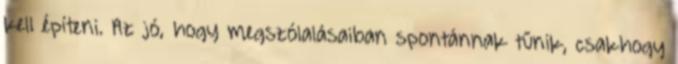
kell építeni. Az jó, hogy megszólalásaiban spontánnak tűnik, csakhogy